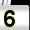
Digit: 5